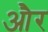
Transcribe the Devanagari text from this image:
और